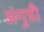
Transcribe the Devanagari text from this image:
अंगुत्री